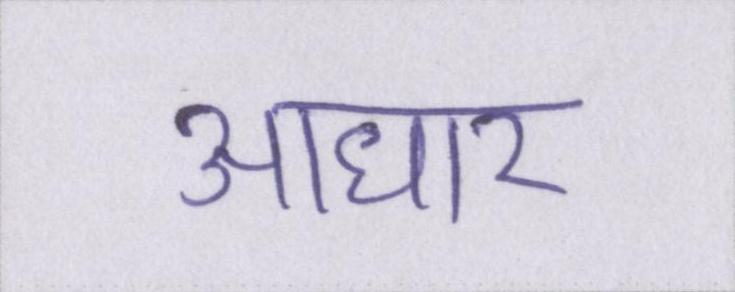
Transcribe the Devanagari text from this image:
आधार